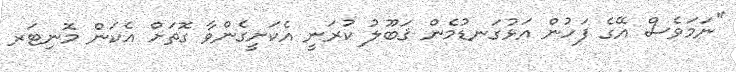
"ނަމަވެސް އޭގެ ފަހުން އަޅުގަނޑުމެން ޤަބޫލު ކުރަނީ އެކަށީގެންވާ ގޮތަށް އެކަން މޮނިޓަރ